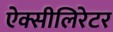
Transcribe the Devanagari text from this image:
ऐक्सीलिरेटर